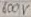
Text: 600V